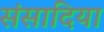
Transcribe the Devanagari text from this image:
संसादिया